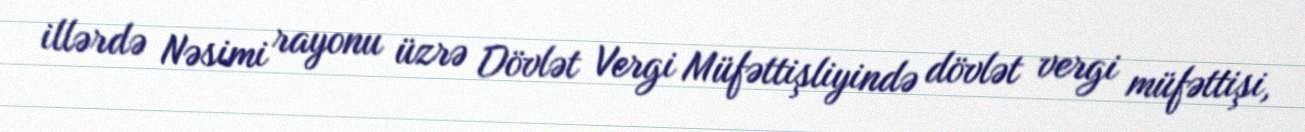
illərdə Nəsimi rayonu üzrə Dövlət Vergi Müfəttişliyində dövlət vergi müfəttişi,